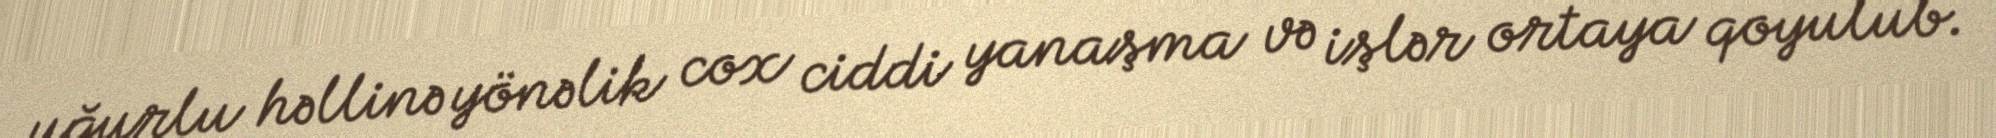
uğurlu həllinə yönəlik cox ciddi yanaşma və işlər ortaya qoyulub.